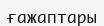
ғажаптары